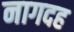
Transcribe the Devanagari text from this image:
नागदह